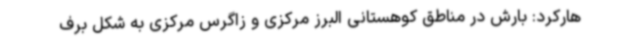
هارکرد: بارش در مناطق کوهستانی البرز مرکزی و زاگرس مرکزی به شکل برف